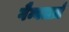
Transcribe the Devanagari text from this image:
गैम्बलर्ज़